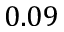
0 . 0 9